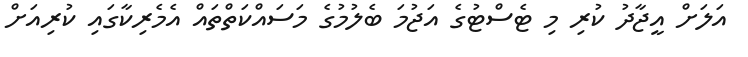
އަލަށް އީޖާދު ކުރި މި ޓެސްޓުގެ އަޖުމަ ބެލުމުގެ މަސައްކަތްތައް އެމެރިކާގައި ކުރިއަށް